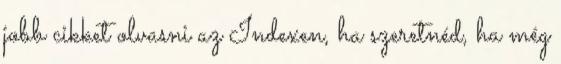
jobb cikket olvasni az Indexen, ha szeretnéd, ha még